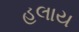
હલાય